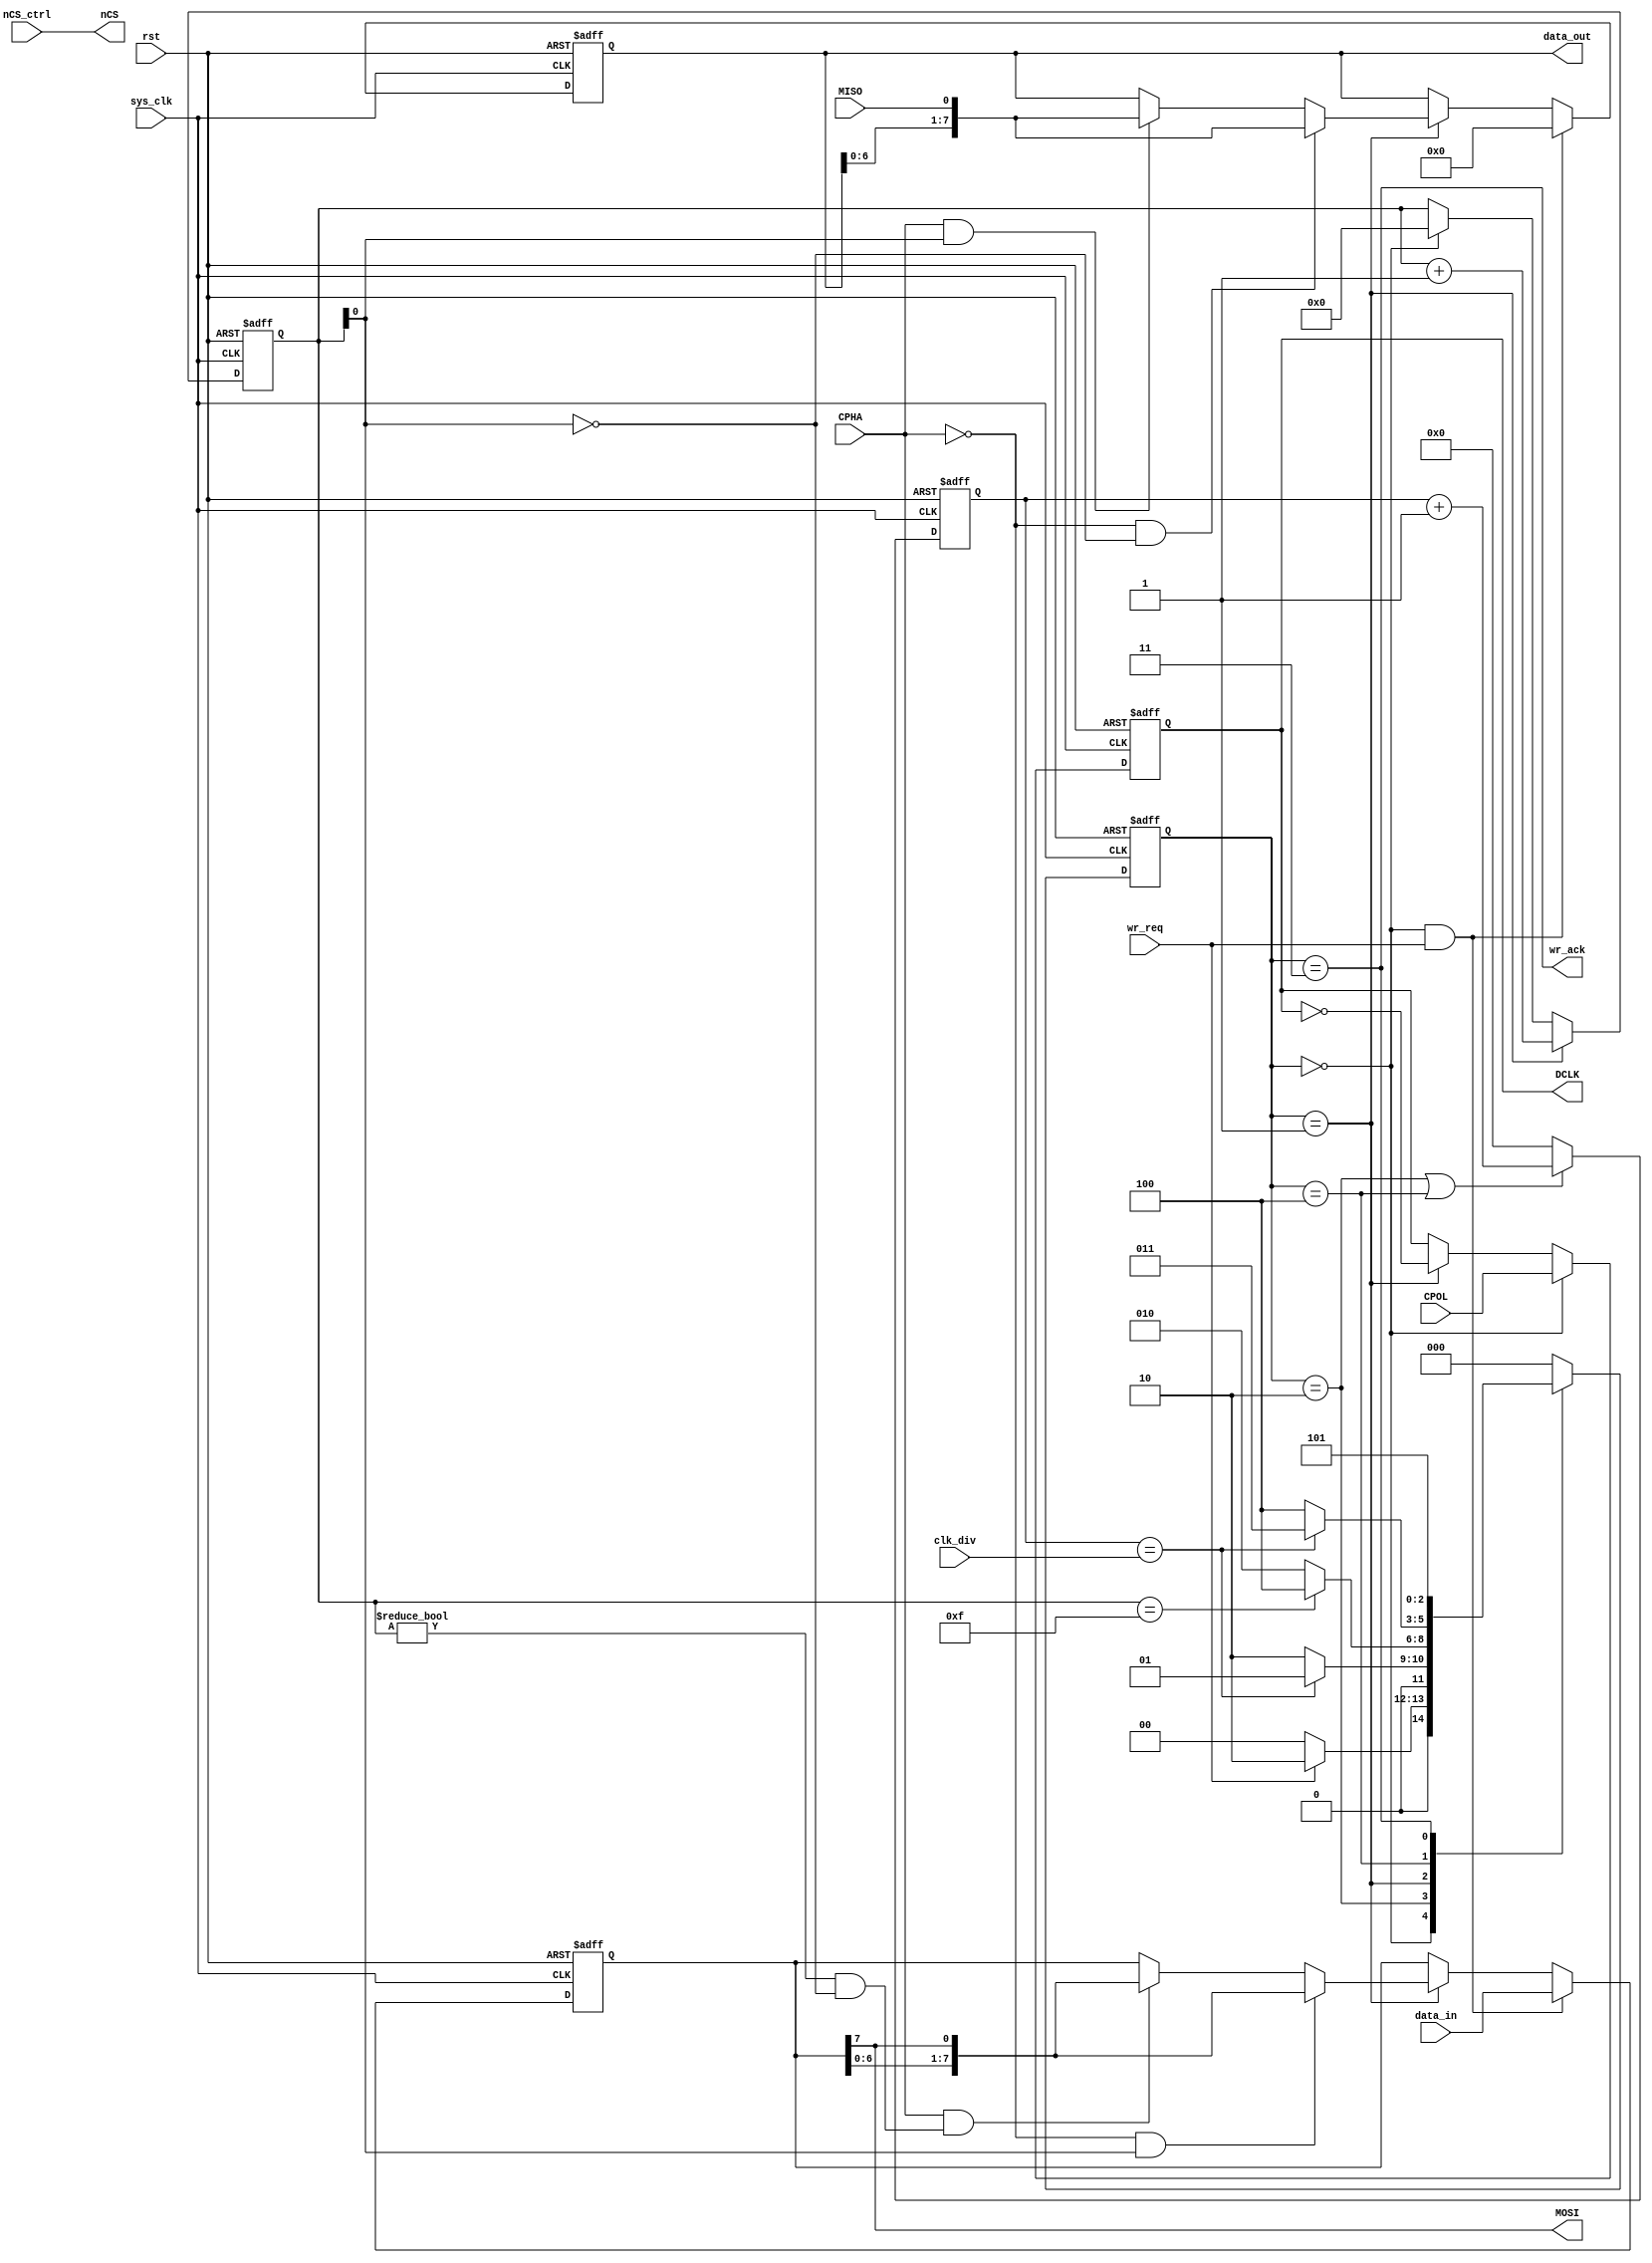
`timescale 1ns / 1ps
//////////////////////////////////////////////////////////////////////////////////
//                                                                              //
//                                                                              //
//          msq@qq.com                                                          //
//          ALINX(shanghai) Technology Co.,Ltd                                  //
//          heijin                                                              //
//     WEB: http://www.alinx.cn/                                                //
//     BBS: http://www.heijin.org/                                              //
//                                                                              //
//////////////////////////////////////////////////////////////////////////////////
//                                                                              //
// Copyright (c) 2017,ALINX(shanghai) Technology Co.,Ltd                        //
//                    All rights reserved                                       //
//                                                                              //
// This source file may be used and distributed without restriction provided    //
// that this copyright statement is not removed from the file and that any      //
// derivative work contains the original copyright notice and the associated    //
// disclaimer.                                                                  //
//                                                                              //
//////////////////////////////////////////////////////////////////////////////////

//==========================================================================
//  Revision History:
//  Date          By            Revision    Change Description
//--------------------------------------------------------------------------
//  2017/6/19     meisq         1.0         Original
//*************************************************************************/
module spi_master
(
	input                       sys_clk,	
	input                       rst,
	output                      nCS,       //chip select (SPI mode) 
	output                      DCLK,      //spi clock
	output                      MOSI,      //spi data output
	input                       MISO,      //spi input
	input                       CPOL,
	input                       CPHA,
	input                       nCS_ctrl,
	input[15:0]                 clk_div,
	input                       wr_req,
	output                      wr_ack,
	input[7:0]                  data_in,
	output[7:0]                 data_out
);
localparam                   IDLE            = 0;
localparam                   DCLK_EDGE       = 1;
localparam                   DCLK_IDLE       = 2;
localparam                   ACK             = 3;
localparam                   LAST_HALF_CYCLE = 4;
localparam                   ACK_WAIT        = 5;
reg                          DCLK_reg;
reg[7:0]                     MOSI_shift;
reg[7:0]                     MISO_shift;
reg[2:0]                     state;
reg[2:0]                     next_state;
reg [15:0]                   clk_cnt;
reg[4:0]                     clk_edge_cnt;
assign MOSI = MOSI_shift[7];
assign DCLK = DCLK_reg;
assign data_out = MISO_shift;
assign wr_ack = (state == ACK);
assign nCS = nCS_ctrl;
always@(posedge sys_clk or posedge rst)
begin
	if(rst)
		state <= IDLE;
	else
		state <= next_state;
end

always@(*)
begin
	case(state)
		IDLE:
			if(wr_req == 1'b1)
				next_state <= DCLK_IDLE;
			else
				next_state <= IDLE;
		DCLK_IDLE:
			//half a SPI clock cycle produces a clock edge
			if(clk_cnt == clk_div)
				next_state <= DCLK_EDGE;
			else
				next_state <= DCLK_IDLE;
		DCLK_EDGE:
			//a SPI byte with a total of 16 clock edges
			if(clk_edge_cnt == 5'd15)
				next_state <= LAST_HALF_CYCLE;
			else
				next_state <= DCLK_IDLE;
		//this is the last data edge		
		LAST_HALF_CYCLE:
			if(clk_cnt == clk_div)
				next_state <= ACK;
			else
				next_state <= LAST_HALF_CYCLE; 
		//send one byte complete		
		ACK:
			next_state <= ACK_WAIT;
		//wait for one clock cycle, to ensure that the cancel request signal
		ACK_WAIT:
			next_state <= IDLE;
		default:
			next_state <= IDLE;
	endcase
end

always@(posedge sys_clk or posedge rst)
begin
	if(rst)
		DCLK_reg <= 1'b0;
	else if(state == IDLE)
		DCLK_reg <= CPOL;
	else if(state == DCLK_EDGE)
		DCLK_reg <= ~DCLK_reg;//SPI clock edge
end
//SPI clock wait counter
always@(posedge sys_clk or posedge rst)
begin
	if(rst)
		clk_cnt <= 16'd0;
	else if(state == DCLK_IDLE || state == LAST_HALF_CYCLE) 
		clk_cnt <= clk_cnt + 16'd1;
	else
		clk_cnt <= 16'd0;
end
//SPI clock edge counter
always@(posedge sys_clk or posedge rst)
begin
	if(rst)
		clk_edge_cnt <= 5'd0;
	else if(state == DCLK_EDGE)
		clk_edge_cnt <= clk_edge_cnt + 5'd1;
	else if(state == IDLE)
		clk_edge_cnt <= 5'd0;
end
//SPI data output
always@(posedge sys_clk or posedge rst)
begin
	if(rst)
		MOSI_shift <= 8'd0;
	else if(state == IDLE && wr_req)
		MOSI_shift <= data_in;
	else if(state == DCLK_EDGE)
		if(CPHA == 1'b0 && clk_edge_cnt[0] == 1'b1)
			MOSI_shift <= {MOSI_shift[6:0],MOSI_shift[7]};
		else if(CPHA == 1'b1 && (clk_edge_cnt != 5'd0 && clk_edge_cnt[0] == 1'b0))
			MOSI_shift <= {MOSI_shift[6:0],MOSI_shift[7]};
end
//SPI data input
always@(posedge sys_clk or posedge rst)
begin
	if(rst)
		MISO_shift <= 8'd0;
	else if(state == IDLE && wr_req)
		MISO_shift <= 8'h00;
	else if(state == DCLK_EDGE)
		if(CPHA == 1'b0 && clk_edge_cnt[0] == 1'b0)
			MISO_shift <= {MISO_shift[6:0],MISO};
		else if(CPHA == 1'b1 && (clk_edge_cnt[0] == 1'b1))
			MISO_shift <= {MISO_shift[6:0],MISO};
end
endmodule